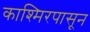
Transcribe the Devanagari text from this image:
काश्मिरपासून